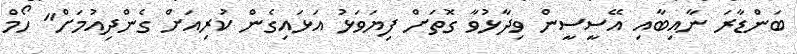
ބަންޑާރަ ނާއިބާއި އޭސީސީން ވިދާޅުވާ ގޮތަށް ފިޔަވަޅު އަޅައިގެން ކުރިއަށް ގެންދިއުމަށް" ހޯމް